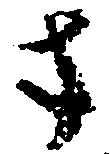
さ